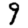
Digit: 9